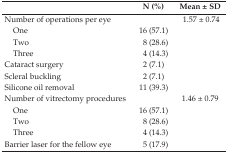
<table><thead><tr><td></td><td><b>N (%)</b></td><td><b>Mean ± SD</b></td></tr></thead><tbody><tr><td>Number of operations per eye</td><td></td><td>1.57 ± 0.74</td></tr><tr><td> One</td><td>16 (57.1)</td><td></td></tr><tr><td> Two</td><td>8 (28.6)</td><td></td></tr><tr><td> Three</td><td>4 (14.3)</td><td></td></tr><tr><td>Cataract surgery</td><td>2 (7.1)</td><td></td></tr><tr><td>Scleral buckling</td><td>2 (7.1)</td><td></td></tr><tr><td>Silicone oil removal</td><td>11 (39.3)</td><td></td></tr><tr><td>Number of vitrectomy procedures</td><td></td><td>1.46 ± 0.79</td></tr><tr><td> One</td><td>16 (57.1)</td><td></td></tr><tr><td> Two</td><td>8 (28.6)</td><td></td></tr><tr><td> Three</td><td>4 (14.3)</td><td></td></tr><tr><td>Barrier laser for the fellow eye</td><td>5 (17.9)</td><td></td></tr></tbody></table>